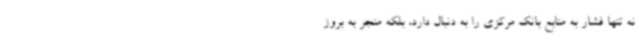
نه تنها فشار به منابع بانک مرکزی را به دنبال دارد، بلکه منجر به بروز